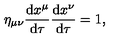
\eta _ { \mu \nu } \frac { \mathrm { d } x ^ { \mu } } { \mathrm { d } \tau } \frac { \mathrm { d } x ^ { \nu } } { \mathrm { d } \tau } = 1 ,